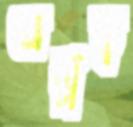
অল্পত্ব